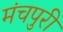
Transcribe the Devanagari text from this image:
मंचपुरी